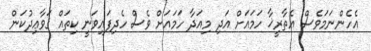
އެހެންނަމަވެސް އެތާރީޚާ ހަމައަށް އަދި މިއަދާ ހަމައަށް ވެސް ހެދިފައިވަނީ ކިތައް ޤަވާޢިދުކަން